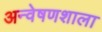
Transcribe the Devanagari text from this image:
अन्वेषणशाला